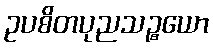
ဥပစိတပုညသဉ္စယော